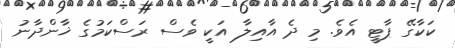
ކަކާގޭ ޕާޓީ އެވެ. މި ދެ އާއިލާ އަކީ ވެސް ރަސްކަމުގެ ޚާންދާނު